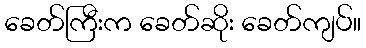
ခေတ်ကြီးက ခေတ်ဆိုး ခေတ်ကျပ်။